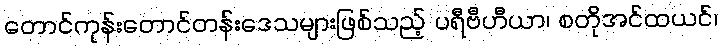
တောင်ကုန်းတောင်တန်းဒေသများဖြစ်သည့် ပရီဗီဟီယာ၊ စတိုအင်ထယင်၊